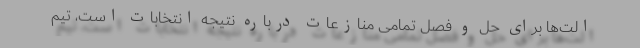
الت‌ها برای حل و فصل تمامی منازعات درباره نتیجه انتخابات است، تیم